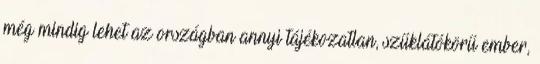
még mindig lehet az országban annyi tájékozatlan, szűklátókörű ember,